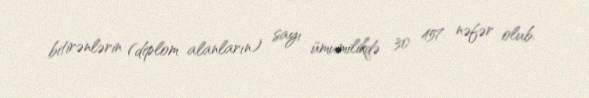
bitirənlərin (diplom alanların) sayı ümumilikdə 30 457 nəfər olub.